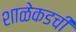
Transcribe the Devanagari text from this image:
शाळेकडची